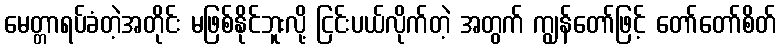
မေတ္တာရပ်ခံတဲ့အတိုင်း မဖြစ်နိုင်ဘူးလို့ ငြင်းပယ်လိုက်တဲ့ အတွက် ကျွန်တော်ဖြင့် တော်တော်စိတ်